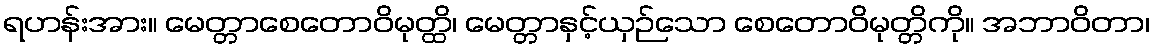
ရဟန်းအား။ မေတ္တာစေတောဝိမုတ္ထိ၊ မေတ္တာနှင့်ယှဉ်သော စေတောဝိမုတ္တိကို။ အဘာဝိတာ၊